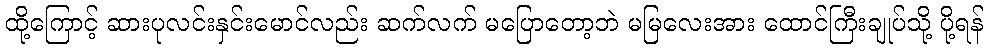
ထို့ကြောင့် ဆားပုလင်းနှင်းမောင်လည်း ဆက်လက် မပြောတော့ဘဲ မမြလေးအား ထောင်ကြီးချုပ်သို့ ပို့ရန်